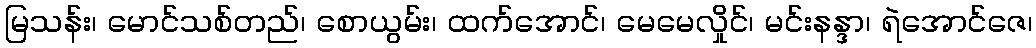
မြသန်း၊ မောင်သစ်တည်၊ စောယွမ်း၊ ထက်အောင်၊ မေမေလှိုင်၊ မင်းနန္ဒာ၊ ရဲအောင်ဇေ၊